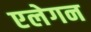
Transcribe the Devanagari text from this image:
एलेगन